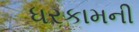
ધરકામની